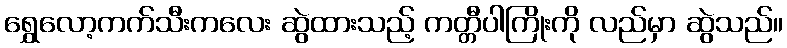
ရွှေလော့ကက်သီးကလေး ဆွဲထားသည့် ကတ္တီပါကြိုးကို လည်မှာ ဆွဲသည်။